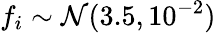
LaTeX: f_{i}\sim{\cal N}(3.5,10^{-2})